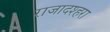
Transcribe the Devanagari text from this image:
राजादश्हरा